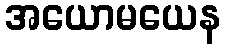
အယောမယေန